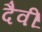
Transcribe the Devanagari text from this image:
दैवीं